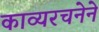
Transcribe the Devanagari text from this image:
काव्यरचनेने